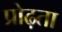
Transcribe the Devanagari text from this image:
प्रोढ़ता